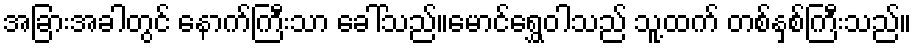
အခြားအခါတွင် နောက်ကြီးသာ ခေါ်သည်။မောင်ရွှေဝါသည် သူ့ထက် တစ်နှစ်ကြီးသည်။